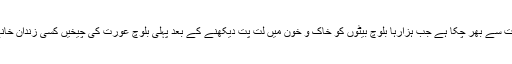
بلوچ آمیزش کا پیمانہ اس وقت سے بھر چکا ہے جب ہزارہا بلوچ بیٹوں کو خاک و خون میں لت پت دیکھنے کے بعد پہلی بلوچ عورت کی چیخیں کسی زندان خانے کی دیواریں پھلانگ گئیں۔